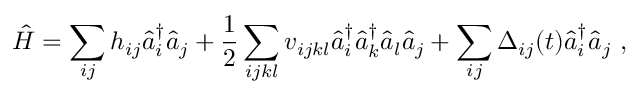
\hat { H } = \sum _ { i j } h _ { i j } \hat { a } _ { i } ^ { \dagger } \hat { a } _ { j } + \frac 1 2 \sum _ { i j k l } v _ { i j k l } \hat { a } _ { i } ^ { \dagger } \hat { a } _ { k } ^ { \dagger } \hat { a } _ { l } \hat { a } _ { j } + \sum _ { i j } \Delta _ { i j } ( t ) \hat { a } _ { i } ^ { \dagger } \hat { a } _ { j } ~ ,